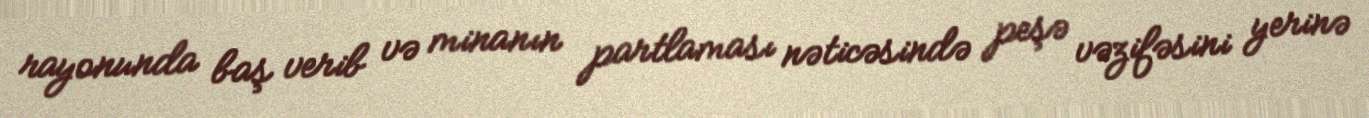
rayonunda baş verib və minanın partlaması nəticəsində peşə vəzifəsini yerinə